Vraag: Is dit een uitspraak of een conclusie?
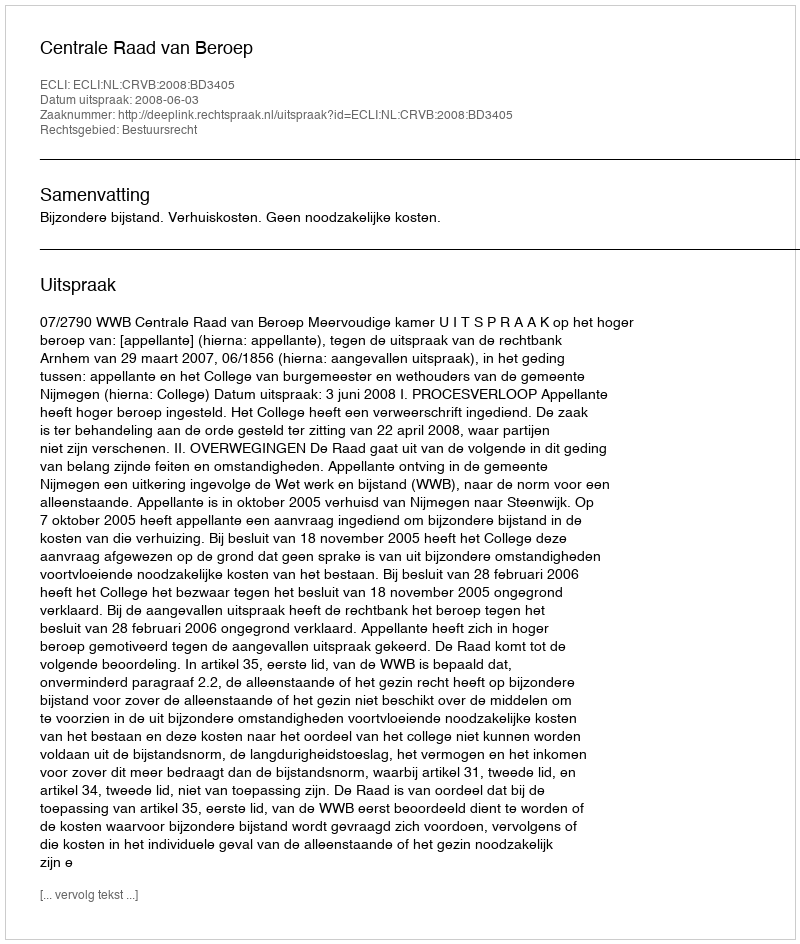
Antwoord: Uitspraak